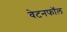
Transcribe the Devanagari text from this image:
वेटनफॉल